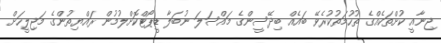
ޖިނާއީ ކުށްތަކެއްގެ ތުހުމަތުކުރެވޭ ބައެއް ބިދޭސީންގެ މައްސަލަ ނުބަލާ ޑީޕޯޓްކޮށްލުމުން ރައްޔިތުންގެ މަޖިލީހަށް